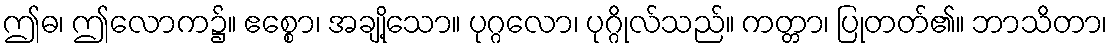
ဤဓ၊ ဤလောက၌။ ဧစ္စော၊ အချို့သော။ ပုဂ္ဂလော၊ ပုဂ္ဂိုလ်သည်။ ကတ္တာ၊ ပြုတတ်၏။ ဘာသိတာ၊